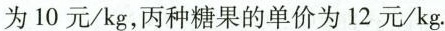
为10元/kg,丙种糖果的单价为12元/kg.